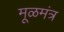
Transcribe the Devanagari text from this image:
मूळमंत्र